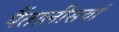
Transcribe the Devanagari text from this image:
पैंतालीसवां